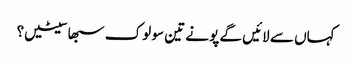
کہاں سے لائیں گے پونے تین سو لوک سبھا سیٹیں؟